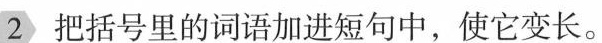
2把括号里的词语加进短句中，使它变长。